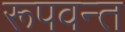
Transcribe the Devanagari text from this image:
रूपवन्त